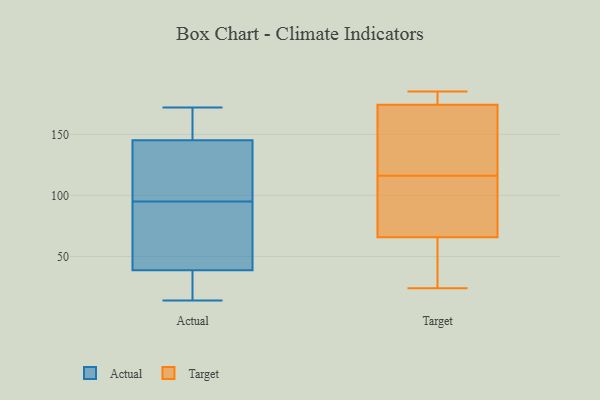
{"axis": {"x": "Bounce Rate (%)", "y": "Value"}, "legend": ["Actual", "Target"], "data": [{"x": "", "y": 153, "type": "Actual"}, {"x": "", "y": 56, "type": "Actual"}, {"x": "", "y": 95, "type": "Actual"}, {"x": "", "y": 97, "type": "Actual"}, {"x": "", "y": 30, "type": "Actual"}, {"x": "", "y": 87, "type": "Actual"}, {"x": "", "y": 33, "type": "Actual"}, {"x": "", "y": 172, "type": "Actual"}, {"x": "", "y": 156, "type": "Actual"}, {"x": "", "y": 122, "type": "Actual"}, {"x": "", "y": 14, "type": "Actual"}, {"x": "", "y": 24, "type": "Target"}, {"x": "", "y": 146, "type": "Target"}, {"x": "", "y": 46, "type": "Target"}, {"x": "", "y": 76, "type": "Target"}, {"x": "", "y": 116, "type": "Target"}, {"x": "", "y": 79, "type": "Target"}, {"x": "", "y": 177, "type": "Target"}, {"x": "", "y": 175, "type": "Target"}, {"x": "", "y": 178, "type": "Target"}, {"x": "", "y": 64, "type": "Target"}, {"x": "", "y": 128, "type": "Target"}, {"x": "", "y": 38, "type": "Target"}, {"x": "", "y": 172, "type": "Target"}, {"x": "", "y": 71, "type": "Target"}, {"x": "", "y": 48, "type": "Target"}, {"x": "", "y": 114, "type": "Target"}, {"x": "", "y": 181, "type": "Target"}, {"x": "", "y": 162, "type": "Target"}, {"x": "", "y": 185, "type": "Target"}]}